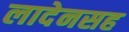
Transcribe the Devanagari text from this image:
लादेनसह